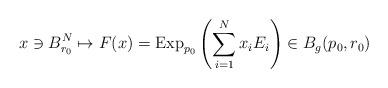
LaTeX: \begin{align*}x \ni B^N_{r_0}\mapsto F(x)=\textrm{Exp}_{p_0}\left(\sum_{i=1}^N x_iE_i\right) \in B_g(p_0,r_0)\end{align*}